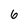
Character: 6